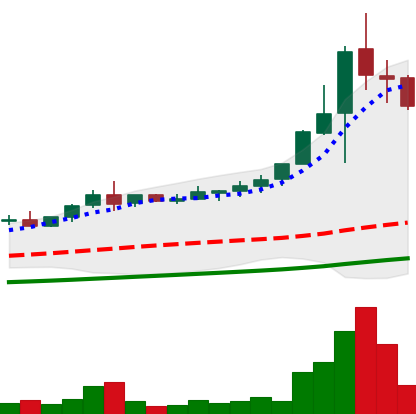
Ticker: NEO-USD
Chart end date: 2021-04-21
Forward return: -7.304%
Label: down_7plus